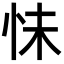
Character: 怽